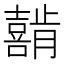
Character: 𰉇